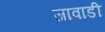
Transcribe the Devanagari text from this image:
जावाडी